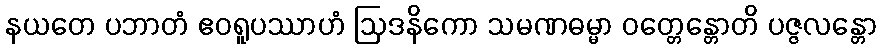
နယတေ ပဘာတံ ဧဝရူပဿာဟံ ဩဒနိကော သမဏဓမ္မာ ဝတ္တေန္တောတိ ပဇ္ဇလန္တော